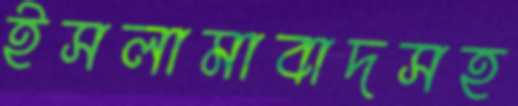
ইসলামাবাদসহ